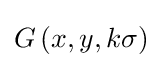
G\left(x,y,k\sigma \right)